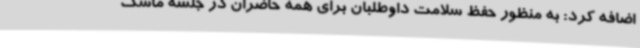
اضافه کرد: به منظور حفظ سلامت داوطلبان برای همه حاضران در جلسه ماسک